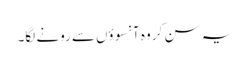
یہ سن کر وہ آنسوؤں‌سے رونے لگا۔